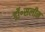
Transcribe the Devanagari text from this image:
डॉ॰सलीम